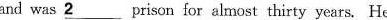
and was\underline{2}prison for almost thirty years. He